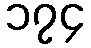
၁၇၄